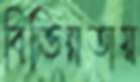
বিভিন্নতায়